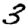
Digit: 3